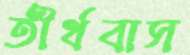
তীর্থবাস